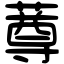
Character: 䔿